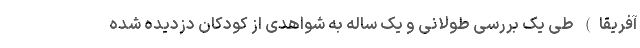
آفریقا) طی یک بررسی طولانی و یک ساله به شواهدی از کودکان دزدیده شده